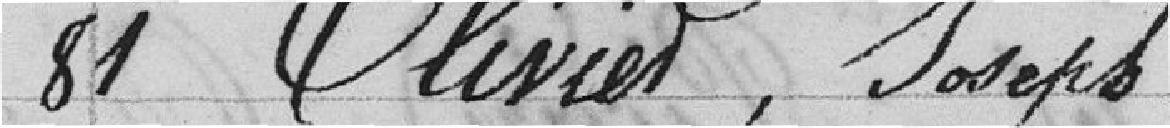
81 Olivier, Joseph